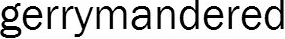
gerrymandered